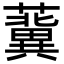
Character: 𧃞